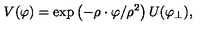
V ( \varphi ) = \exp \left( - \rho \cdot \varphi / \rho ^ { 2 } \right) U ( \varphi _ { \perp } ) ,